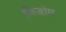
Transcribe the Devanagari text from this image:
निजोम